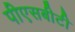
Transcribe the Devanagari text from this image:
पीएसबीटी